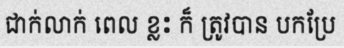
ជាក់លាក់ ពេល ខ្លះ ក៏ ត្រូវបាន បកប្រែ